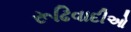
રૂઢિવાદીઓ